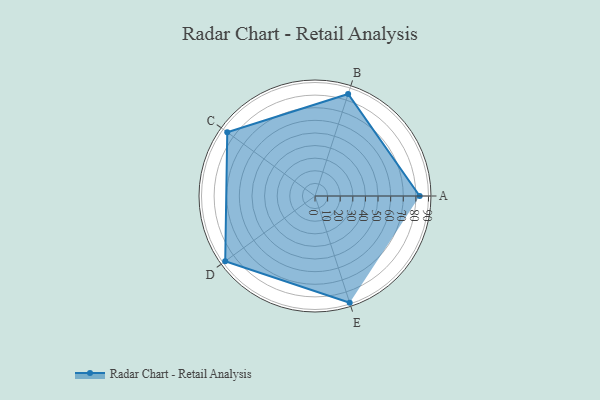
{"axis": {"x": "Skill", "y": "Score"}, "legend": ["Profile"], "data": [{"x": "A", "y": 83.0, "type": "Profile"}, {"x": "B", "y": 85.0, "type": "Profile"}, {"x": "C", "y": 86.0, "type": "Profile"}, {"x": "D", "y": 88.0, "type": "Profile"}, {"x": "E", "y": 89.0, "type": "Profile"}]}